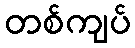
တစ်ကျပ်